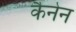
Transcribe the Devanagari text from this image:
कैनेन